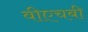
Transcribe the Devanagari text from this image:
वीएचबी